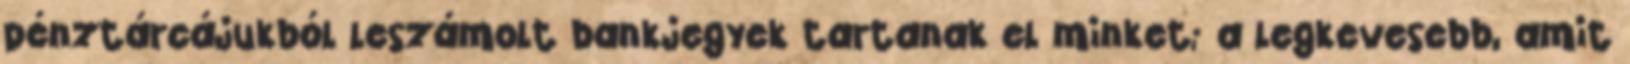
pénztárcájukból leszámolt bankjegyek tartanak el minket; a legkevesebb, amit